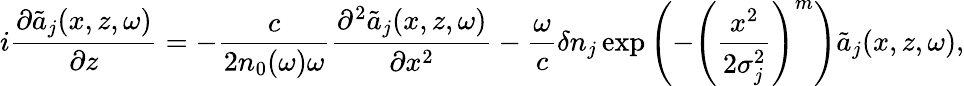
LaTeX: i\frac{\partial\tilde{a}_{j}(x,z,\omega)}{\partial z}=-\frac{c}{2n_{0}(\omega)\omega}\frac{\partial^{2}\tilde{a}_{j}(x,z,\omega)}{\partial x^{2}}-\frac{\omega}{c}\delta n_{j}\exp\left(-\left(\frac{x^{2}}{2\sigma_{j}^{2}}\right)^{m}\right)\tilde{a}_{j}(x,z,\omega),